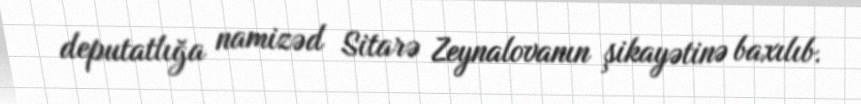
deputatlığa namizəd Sitarə Zeynalovanın şikayətinə baxılıb.